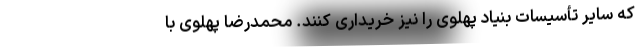
که سایر تأسیسات بنیاد پهلوی را نیز خریداری کنند. محمدرضا پهلوی با